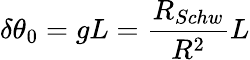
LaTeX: \delta\theta_{0}=gL=\frac{R_{Schw}}{R^{2}}L